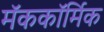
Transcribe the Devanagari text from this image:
मॅककॉर्मिक